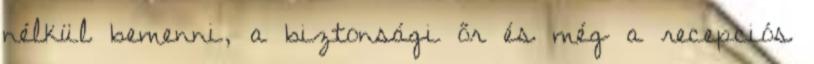
nélkül bemenni, a biztonsági őr és még a recepciós